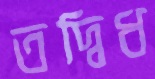
তদ্বিধ